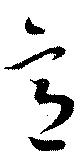
意